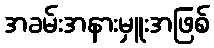
အခမ်းအနားမှူးအဖြစ်